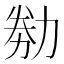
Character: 𠡶